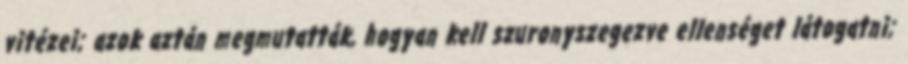
vitézei; azok aztán megmutatták, hogyan kell szuronyszegezve ellenséget látogatni;